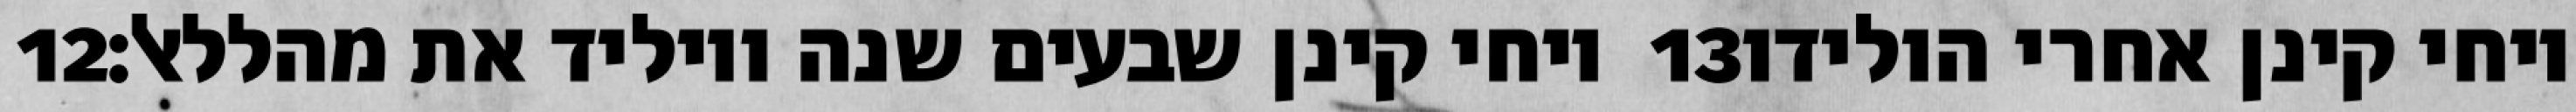
‎12‏ ויחי קינן שבעים שנה ויוליד את מהללאל׃ ‎13‏ ויחי קינן אחרי הולידו